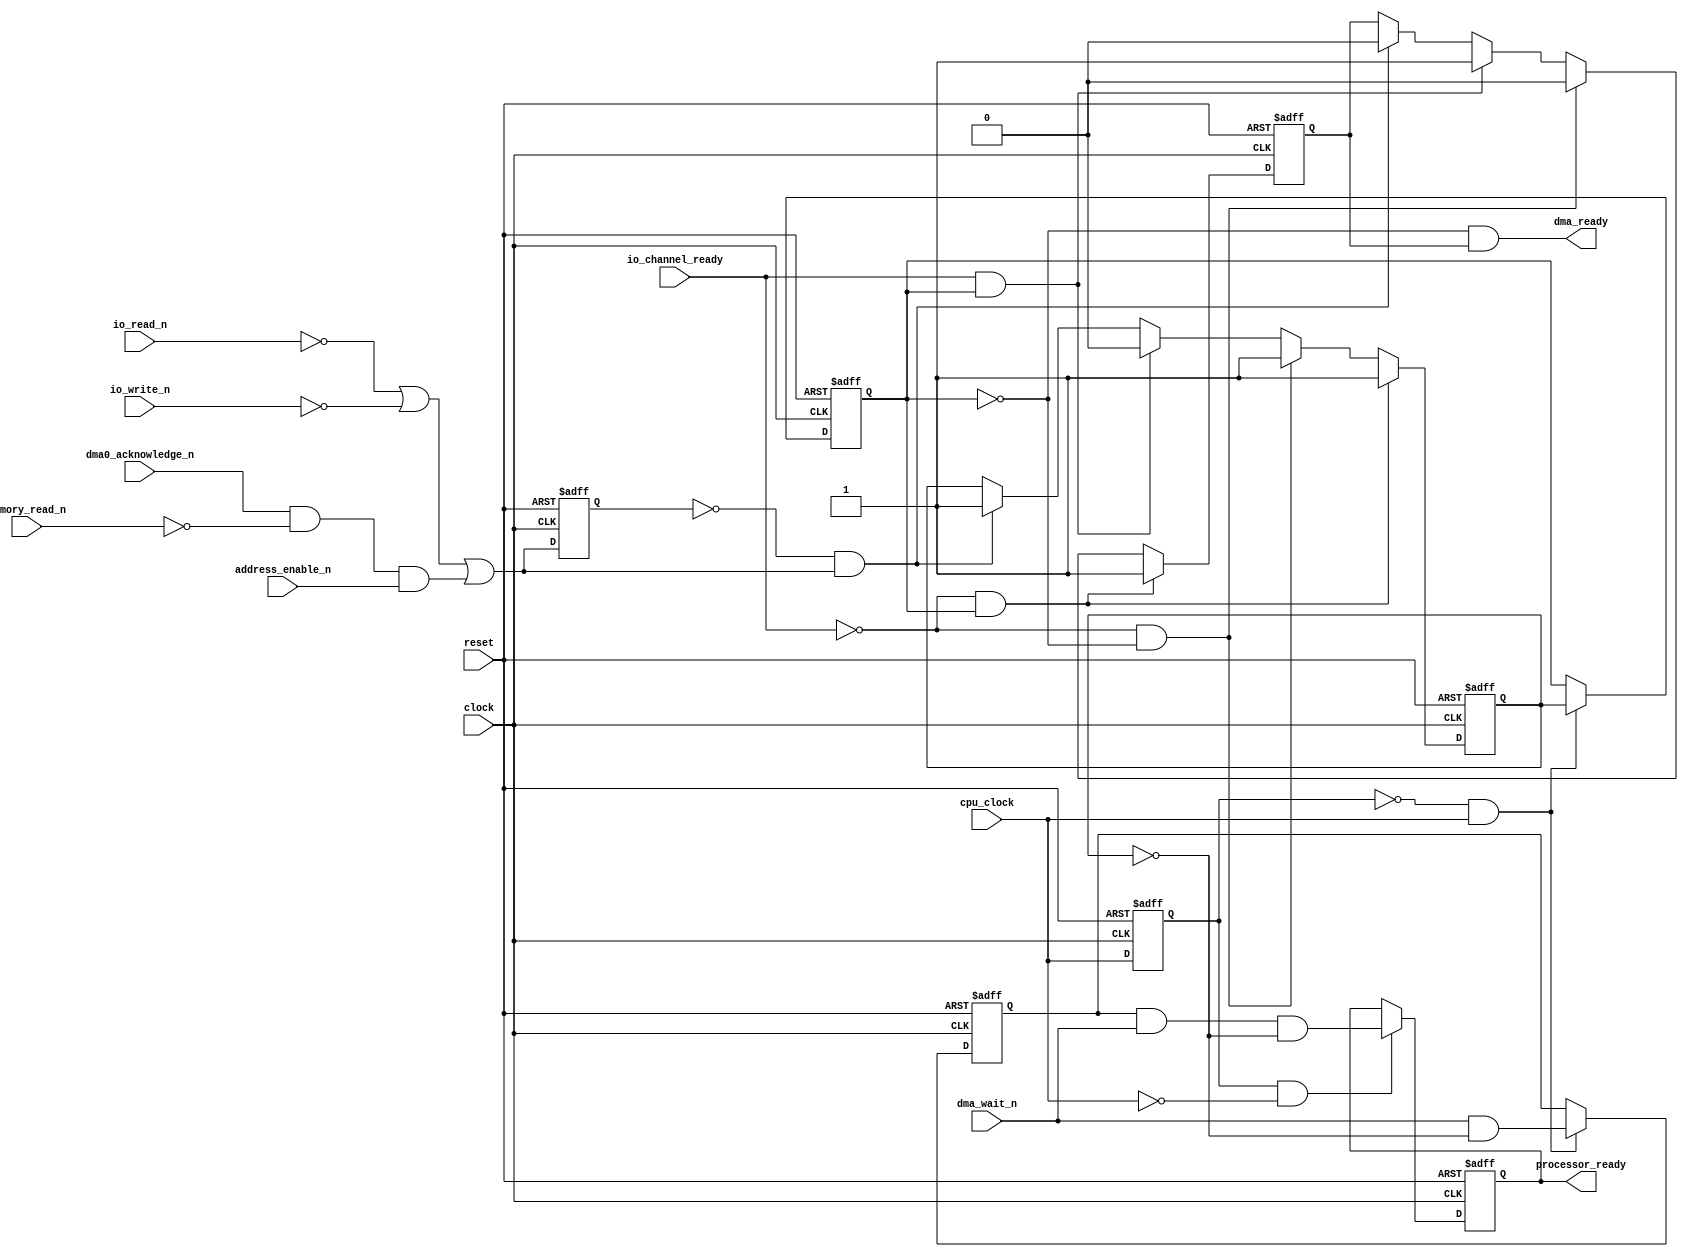
`default_nettype none

module READY (
	input		wire					clock,
	input		wire					cpu_clock,
	input		wire					reset,
	output	wire					processor_ready,
	output	wire					dma_ready,
	input		wire					dma_wait_n,
	input		wire					io_channel_ready,
	input		wire					io_read_n,
	input		wire					io_write_n,
	input		wire					memory_read_n,
	input		wire					dma0_acknowledge_n,
	input		wire					address_enable_n
	);

	reg prev_cpu_clock;
	always @(posedge clock or posedge reset)
		if (reset)
			prev_cpu_clock <= 1'b0;
		else
			prev_cpu_clock <= cpu_clock;
	wire cpu_clock_posedge = ~prev_cpu_clock & cpu_clock;
	wire cpu_clock_negedge = prev_cpu_clock & ~cpu_clock;
	reg prev_bus_state;
	reg ready_n_or_wait;
	reg ready_n_or_wait_Qn;
	reg prev_ready_n_or_wait;
	wire bus_state = (~io_read_n | ~io_write_n) | ((dma0_acknowledge_n & ~memory_read_n) & address_enable_n);
	always @(posedge clock or posedge reset)
		if (reset)
			prev_bus_state <= 1'b1;
		else
			prev_bus_state <= bus_state;
	always @(posedge clock or posedge reset)
		if (reset) begin
			ready_n_or_wait <= 1'b1;
			ready_n_or_wait_Qn <= 1'b0;
		end
		else if (~io_channel_ready & prev_ready_n_or_wait) begin
			ready_n_or_wait <= 1'b1;
			ready_n_or_wait_Qn <= 1'b1;
		end
		else if (~io_channel_ready & ~prev_ready_n_or_wait) begin
			ready_n_or_wait <= 1'b1;
			ready_n_or_wait_Qn <= 1'b0;
		end
		else if (io_channel_ready & prev_ready_n_or_wait) begin
			ready_n_or_wait <= 1'b0;
			ready_n_or_wait_Qn <= 1'b1;
		end
		else if (~prev_bus_state & bus_state) begin
			ready_n_or_wait <= 1'b1;
			ready_n_or_wait_Qn <= 1'b0;
		end
		else begin
			ready_n_or_wait <= ready_n_or_wait;
			ready_n_or_wait_Qn <= ready_n_or_wait_Qn;
		end
	always @(posedge clock or posedge reset)
		if (reset)
			prev_ready_n_or_wait <= 1'b0;
		else if (cpu_clock_posedge)
			prev_ready_n_or_wait <= ready_n_or_wait;
		else
			prev_ready_n_or_wait <= prev_ready_n_or_wait;
	assign dma_ready = ~prev_ready_n_or_wait & ready_n_or_wait_Qn;
	reg processor_ready_ff_1;
	reg processor_ready_ff_2;
	always @(posedge clock or posedge reset)
		if (reset)
			processor_ready_ff_1 <= 1'b0;
		else if (cpu_clock_posedge)
			processor_ready_ff_1 <= dma_wait_n & ~ready_n_or_wait;
		else
			processor_ready_ff_1 <= processor_ready_ff_1;
	always @(posedge clock or posedge reset)
		if (reset)
			processor_ready_ff_2 <= 1'b0;
		else if (cpu_clock_negedge)
			processor_ready_ff_2 <= (processor_ready_ff_1 & dma_wait_n) & ~ready_n_or_wait;
		else
			processor_ready_ff_2 <= processor_ready_ff_2;
	assign processor_ready = processor_ready_ff_2;
endmodule